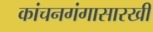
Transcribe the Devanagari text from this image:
कांचनगंगासारखी